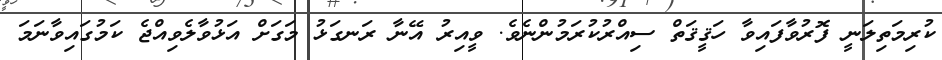
ކުރިމަތިލަނީ ފޮރުވާފައިވާ ހަޤީޤަތް ސިއްރުކުރަމުންނެވެ. ވީއިރު އޭނާ ރަނގަޅު މަގަށް އަޅުވާލެވިއްޖެ ކަމުގައިވާނަމަ